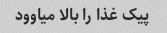
پیک غذا را بالا میاوود